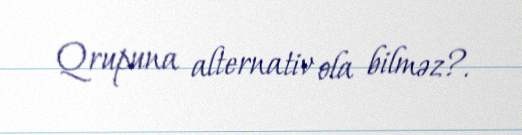
Qrupuna alternativ ola bilməz?.